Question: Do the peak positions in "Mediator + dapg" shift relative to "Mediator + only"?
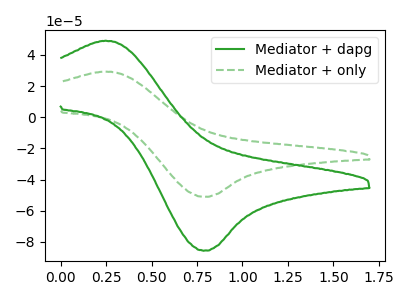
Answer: <think>The green curve "Mediator + dapg" has an anodic peak at (0.25V, 49.05uA) and a cathodic peak at (0.80V, -85.55uA). The green dashed curve "Mediator + only" has an anodic peak at (0.25V, 29.25uA) and a cathodic peak at (0.80V, -51.05uA).
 All the peaks in "Mediator + dapg" have a peak in "Mediator + only" at the same potential. Every peak in "Mediator + dapg" is higher than every peak in "Mediator + only".</think>
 <answer>No, "Mediator + dapg" and "Mediator + only" don't appear to be significantly different in shape</answer>
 <eval>no_change</eval>